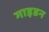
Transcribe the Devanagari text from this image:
गाइडन